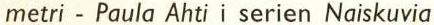
metri-Paula Ahti i serien Naiskuvia